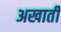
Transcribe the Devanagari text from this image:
अखाती